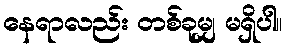
နေရာလည်း တစ်ခုမျှ မရှိပါ။